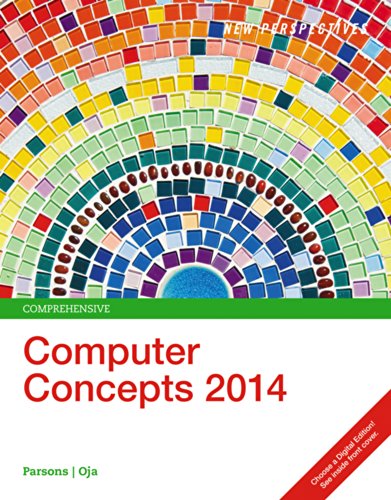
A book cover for New Perspectives on Computer Concepts 2014, Comprehensive (with Microsoft Office 2013 Try It! and CourseMate Printed Access Card); June Jamrich Parsons; Computers & Technology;